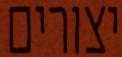
יצורים